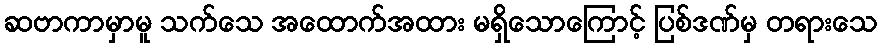
ဆဗာကာမှာမူ သက်သေ အထောက်အထား မရှိသောကြောင့် ပြစ်ဒဏ်မှ တရားသေ